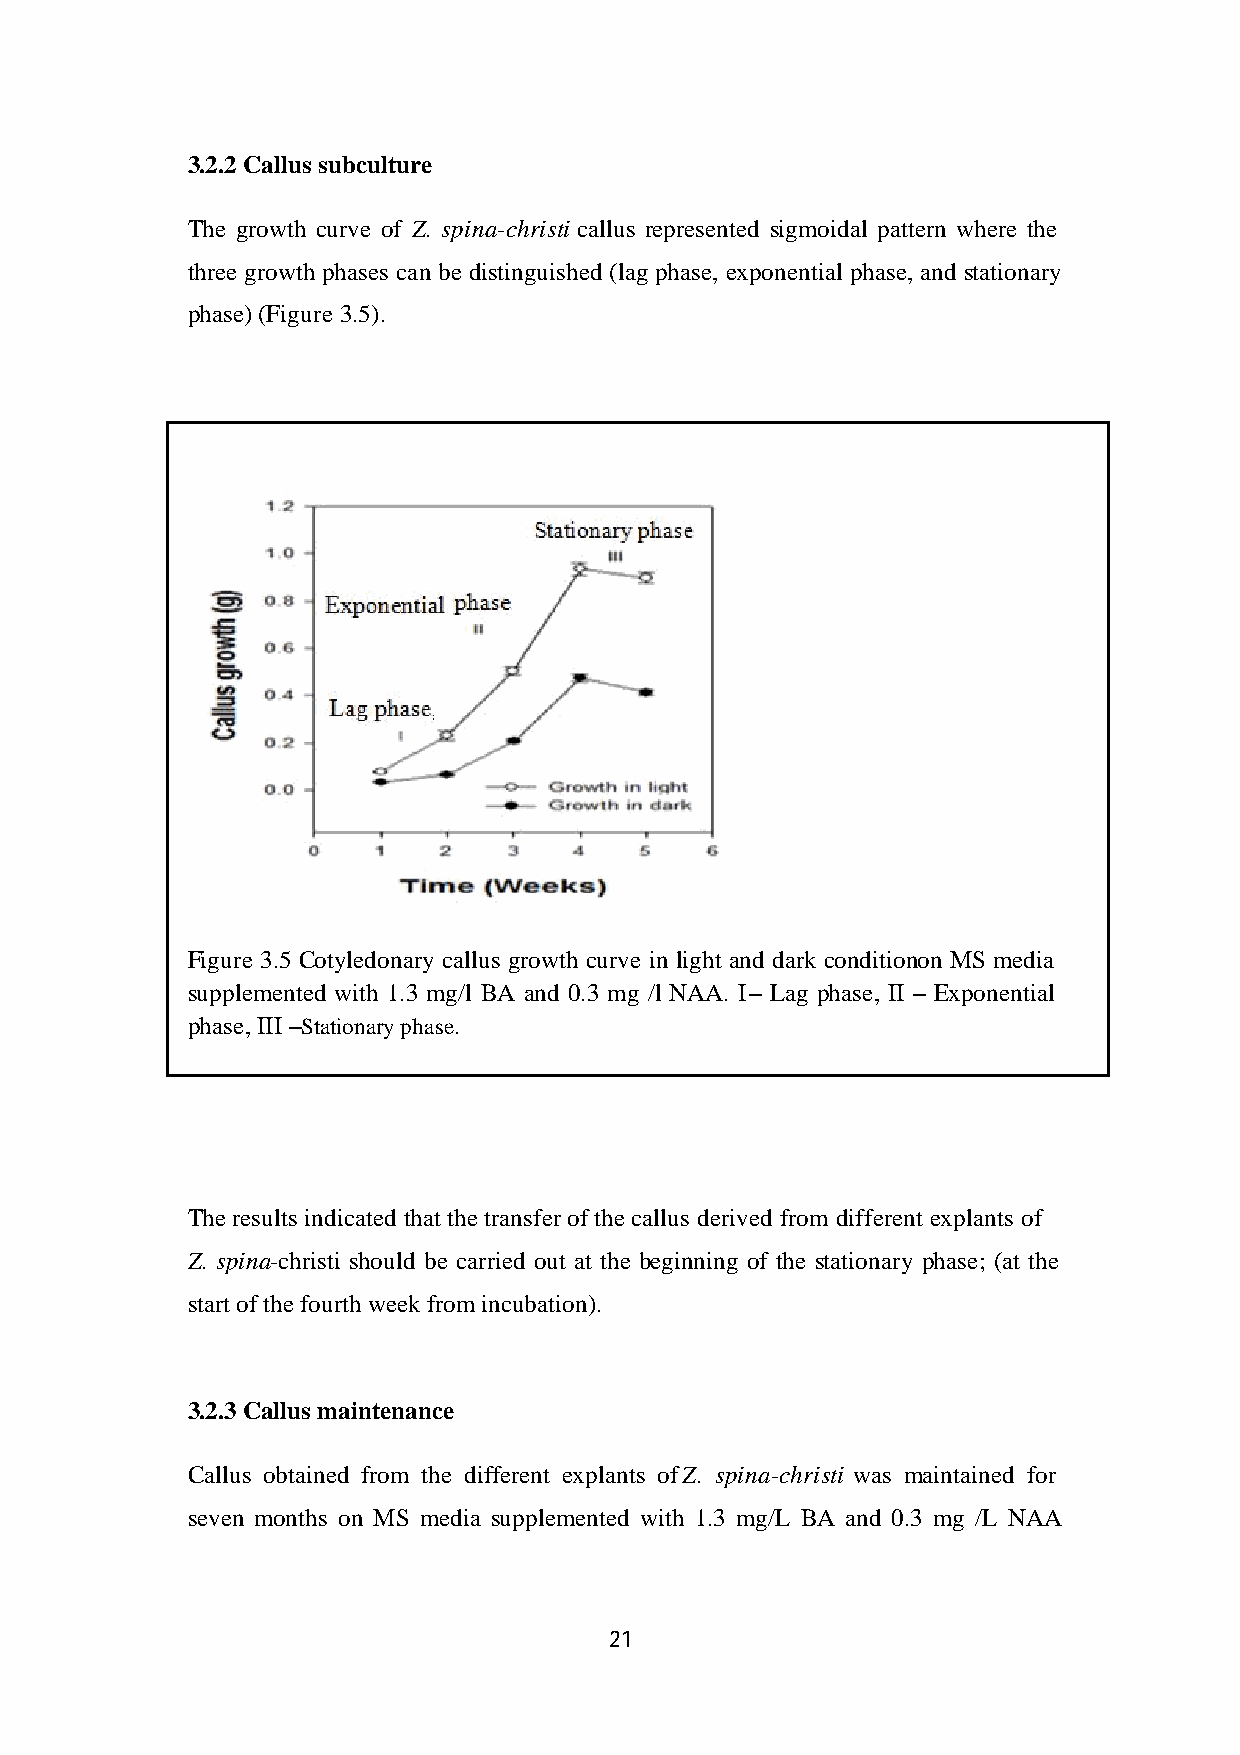
3.2.2 Callus subculture
 The growth curve of Z. spina-christi callus represented sigmoidal pattern where the
 three growth phases can be distinguished (lag phase, exponential phase, and stationary
 phase) (Figure 3.5).
 Figure 3.5 Cotyledonary callus growth curve in light and dark condition on MS media
 supplemented with 1.3 mg/l BA and 0.3 mg /l NAA. I – Lag phase, II – Exponential
 phase, III –Stationary phase.
 The results indicated that the transfer of the callus derived from different explants of
 Z. spina-christi should be carried out at the beginning of the stationary phase; (at the
 start of the fourth week from incubation).
 3.2.3 Callus maintenance
 Callus obtained from the different explants of Z. spina-christi was maintained for
 seven months on MS media supplemented with 1.3 mg/L BA and 0.3 mg /L NAA
 21